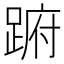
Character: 𨁵